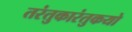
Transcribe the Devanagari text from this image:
तरंतुकारंतुकयो